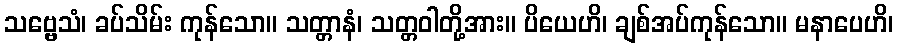
သဗ္ဗေသံ၊ ခပ်သိမ်း ကုန်သော။ သတ္တာနံ၊ သတ္တဝါတို့အား။ ပိယေဟိ၊ ချစ်အပ်ကုန်သော။ မနာပေဟိ၊